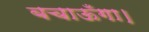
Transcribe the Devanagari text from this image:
बचाऊँगा।